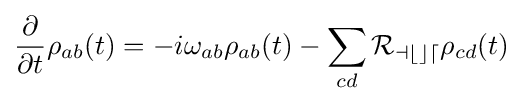
{\frac {\partial }{\partial t}}\rho _{ab}(t)=-i\omega _{ab}\rho _{ab}(t)-\sum _{cd}{\mathcal {R_{abcd}}}\rho _{cd}(t)